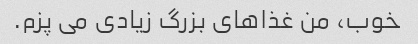
خوب، من غذاهای بزرگ زیادی می پزم.